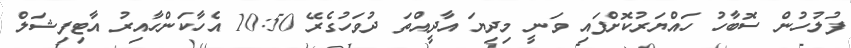
ފުލުހުން ސޮބާހު ހައްޔަރުކޮށްފައި ވަނީ މިދިޔަ އާދީއްތަ ދުވަހުގެރޭ 10:50 އެހާކަންހާއިރު އާޓިފިޝަލް